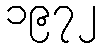
၁၉၇၂